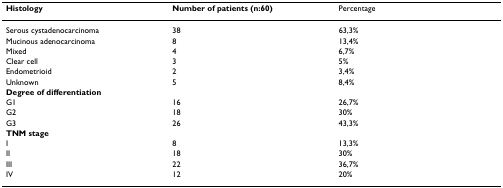
| Histology | Number of patients (n:60) | Percentage |
 | --- | --- | --- |
 | Serous cystadenocarcinoma | 38 | 63,3% |
 | Mucinous adenocarcinoma | 8 | 13,4% |
 | Mixed | 4 | 6,7% |
 | Clear cell | 3 | 5% |
 | Endometrioid | 2 | 3,4% |
 | Unknown | 5 | 8,4% |
 | Degree of differentiation |  |  |
 | G1 | 16 | 26,7% |
 | G2 | 18 | 30% |
 | G3 | 26 | 43,3% |
 | TNM stage |  |  |
 | I | 8 | 13,3% |
 | II | 18 | 30% |
 | III | 22 | 36,7% |
 | IV | 12 | 20% |